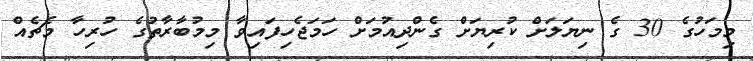
މިމަހުގެ 30 ގެ ނިޔަލަށް ކުރިޔަށް ގެންދިއުމަށް ހަމަޖެހިފައިވާ މިމުބާރާތުގެ ހުރިހާ މެޗެއް